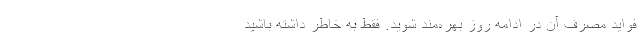
فواید مصرف آن در ادامه روز بهره‌مند شوید. فقط به خاطر داشته باشید